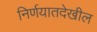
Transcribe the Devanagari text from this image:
निर्णयातदेखील